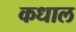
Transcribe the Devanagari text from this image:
कधाल